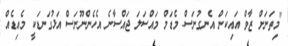
"މިތަނަށް ޒާވް އައިކަން އެނގުނަސް މެޑަމް މައްސަލަ ޖައްސާނެ އެހެންނޫނަސް އަޅުގަނޑަކީ މެއިޑެއް